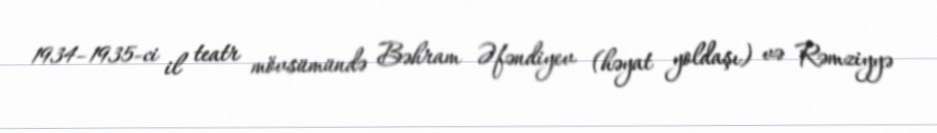
1934–1935-ci il teatr mövsümündə Bəhram Əfəndiyev (həyat yoldaşı) və Rəmziyyə